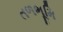
તળભૂમિ